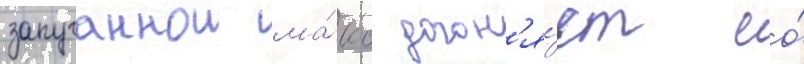
запуганнои ма́кс догон'я́ет ео́